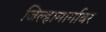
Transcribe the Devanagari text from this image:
जिल्हामार्गावर